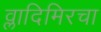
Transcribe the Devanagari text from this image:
व्लादिमिरचा